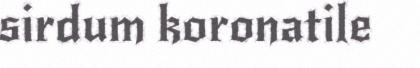
sirdum koronatile